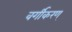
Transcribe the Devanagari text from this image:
वर्गीकरण्